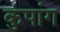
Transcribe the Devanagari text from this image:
कुंपांग